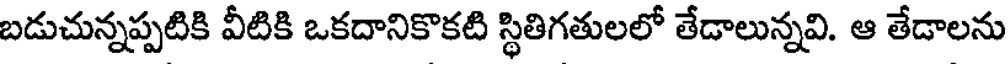
బడుచున్నప్పటికి వీటికి ఒకదానికొకటి స్థితిగతులలో తేడాలున్నవి. ఆ తేడాలను